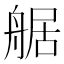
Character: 艍